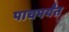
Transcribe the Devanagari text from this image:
पाचपर्यंत